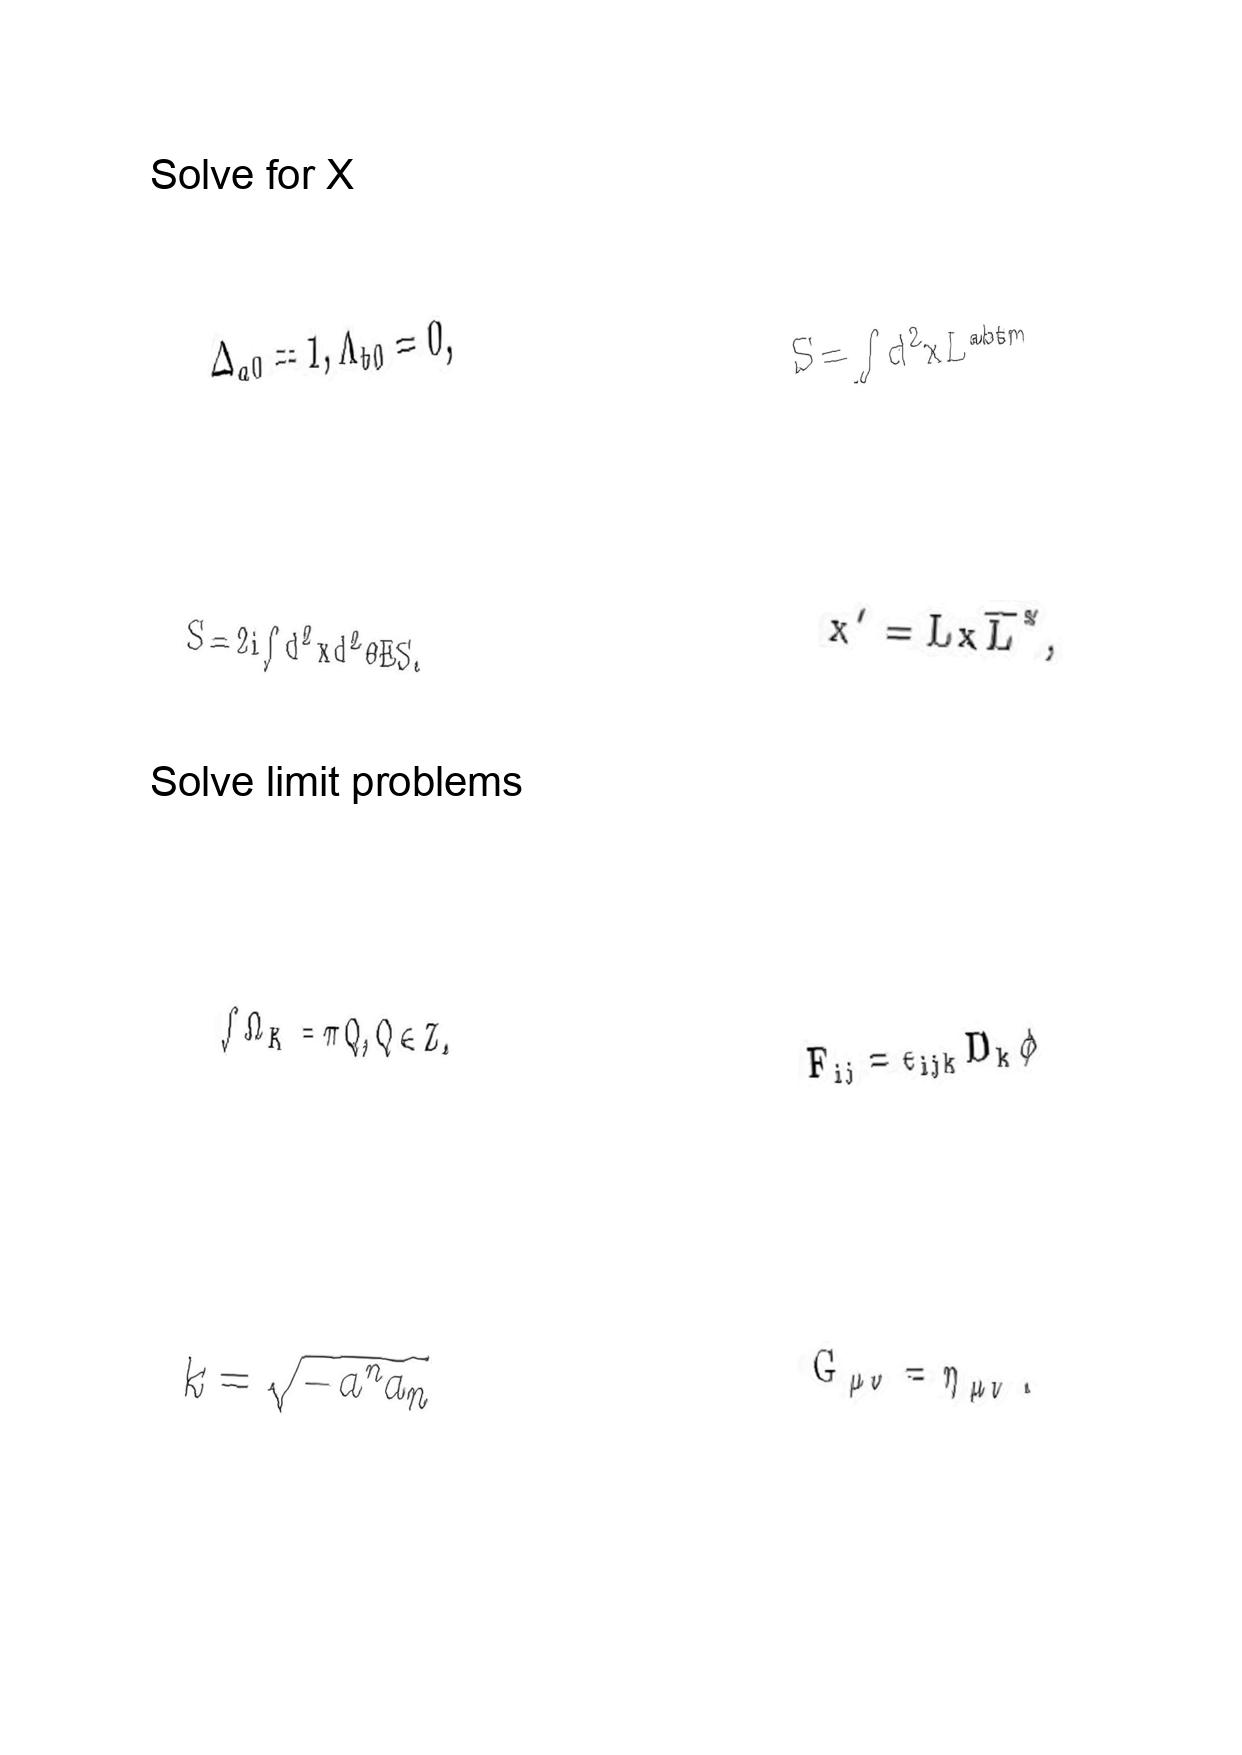
LaTeX transcription:
\Delta _ { a 0 } = 1 , \Lambda _ { b 0 } = 0 ,
S = 2 i \int d ^ { 2 } x d ^ { 2 } \theta E S .
\int \Omega _ { K } = \pi Q , Q \in Z .
k = \sqrt { - a ^ { n } a _ { n } }
S = \int d ^ { 2 } x L ^ { \mathrm { a b t m } }
x ^ { \prime } = L x \overline { L } ^ { \ast } ,
F _ { i j } = \epsilon _ { i j k } D _ { k } \phi
G _ { \mu \nu } = \eta _ { \mu \nu } .